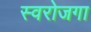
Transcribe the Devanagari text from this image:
स्‍वरोजगा